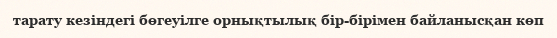
тарату кезіндегі бөгеуілге орнықтылық бір-бірімен байланысқан көп